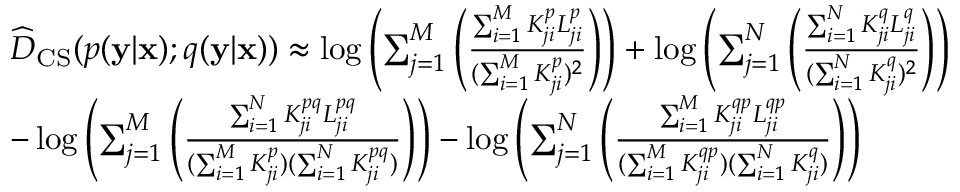
\begin{array} { r l } & { \widehat { D } _ { \mathrm { C S } } ( p ( \mathbf { y } | \mathbf { x } ) ; q ( \mathbf { y } | \mathbf { x } ) ) \approx \log \left( \sum _ { j = 1 } ^ { M } \left( \frac { \sum _ { i = 1 } ^ { M } K _ { j i } ^ { p } L _ { j i } ^ { p } } { ( \sum _ { i = 1 } ^ { M } K _ { j i } ^ { p } ) ^ { 2 } } \right) \right) + \log \left( \sum _ { j = 1 } ^ { N } \left( \frac { \sum _ { i = 1 } ^ { N } K _ { j i } ^ { q } L _ { j i } ^ { q } } { ( \sum _ { i = 1 } ^ { N } K _ { j i } ^ { q } ) ^ { 2 } } \right) \right) } \\ & { - \log \left( \sum _ { j = 1 } ^ { M } \left( \frac { \sum _ { i = 1 } ^ { N } K _ { j i } ^ { p q } L _ { j i } ^ { p q } } { ( \sum _ { i = 1 } ^ { M } K _ { j i } ^ { p } ) ( \sum _ { i = 1 } ^ { N } K _ { j i } ^ { p q } ) } \right) \right) - \log \left( \sum _ { j = 1 } ^ { N } \left( \frac { \sum _ { i = 1 } ^ { M } K _ { j i } ^ { q p } L _ { j i } ^ { q p } } { ( \sum _ { i = 1 } ^ { M } K _ { j i } ^ { q p } ) ( \sum _ { i = 1 } ^ { N } K _ { j i } ^ { q } ) } \right) \right) } \end{array}